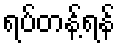
ရပ်တန့်ရန်